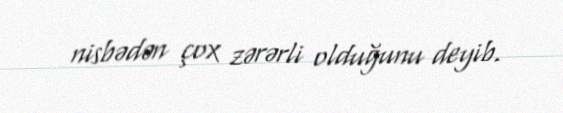
nisbədən çox zərərli olduğunu deyib.